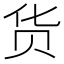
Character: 货